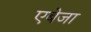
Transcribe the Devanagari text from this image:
एबेजा